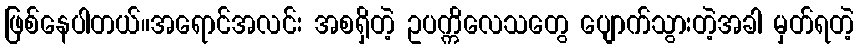
ဖြစ်နေပါတယ်။အရောင်အလင်း အစရှိတဲ့ ဥပက္ကိလေသတွေ ပျောက်သွားတဲ့အခါ မှတ်ရတဲ့